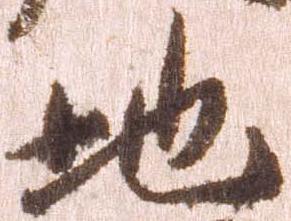
地